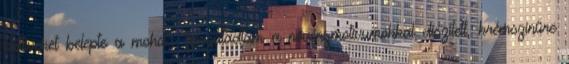
boltíveket belepte a moha", "felszaladtam a növénymotívumokkal díszített, krémszínűre